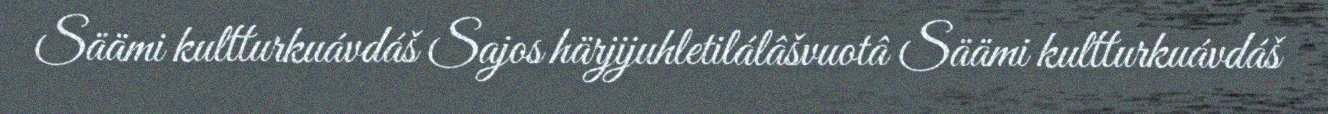
Säämi kultturkuávdáš Sajos härjijuhletilálâšvuotâ Säämi kultturkuávdáš